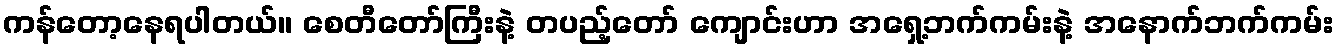
ကန်တော့နေရပါတယ်။ စေတီတော်ကြီးနဲ့ တပည့်တော် ကျောင်းဟာ အရှေ့ဘက်ကမ်းနဲ့ အနောက်ဘက်ကမ်း